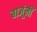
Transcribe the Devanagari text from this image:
बाजूंनीं